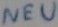
Text: NEU